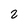
Character: 2